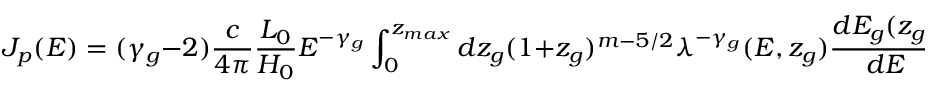
J _ { p } ( E ) = ( \gamma _ { g } - 2 ) \frac { c } { 4 \pi } \frac { { \cal L } _ { 0 } } { H _ { 0 } } E ^ { - \gamma _ { g } } \int _ { 0 } ^ { z _ { m a x } } d z _ { g } ( 1 + z _ { g } ) ^ { m - 5 / 2 } \lambda ^ { - \gamma _ { g } } ( E , z _ { g } ) \frac { d E _ { g } ( z _ { g } ) } { d E } ,